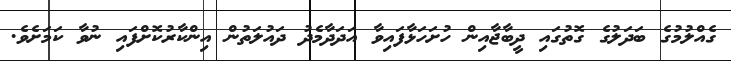
ގެއްލުމުގެ ބަދަލުގެ ގޮތުގައި ދީބާޖާއިން ހުށަހަޅާފައިވާ އަދަދާމެދު ދައުލަތުން އިންކާރުކޮށްފައި ނުވާ ކަމަށެވެ.